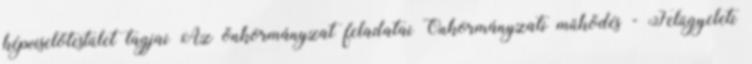
képviselőtestület tagjai Az önkormányzat feladatai Önkormányzati működés - Felügyeleti